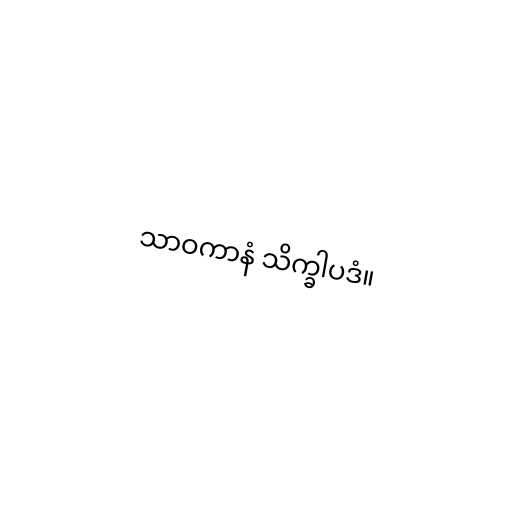
သာဝကာနံ သိက္ခါပဒံ။